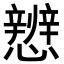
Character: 𪭀